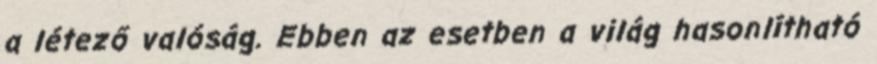
a létező valóság. Ebben az esetben a világ hasonlítható